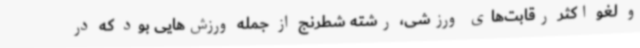
و لغو اکثر رقابت‌های ورزشی، رشته شطرنج از جمله ورزش‌هایی بود که در